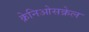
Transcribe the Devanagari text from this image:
क्रेनिओसक्रेल